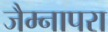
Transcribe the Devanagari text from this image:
जैम्नापरा